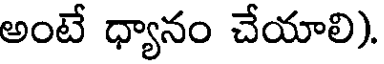
అంటే ధ్యానం చేయాలి).